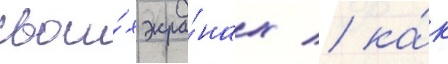
свои́х экра́нах / ка́к